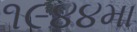
૧૯૪૪મા